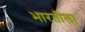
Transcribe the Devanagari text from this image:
भारतीला